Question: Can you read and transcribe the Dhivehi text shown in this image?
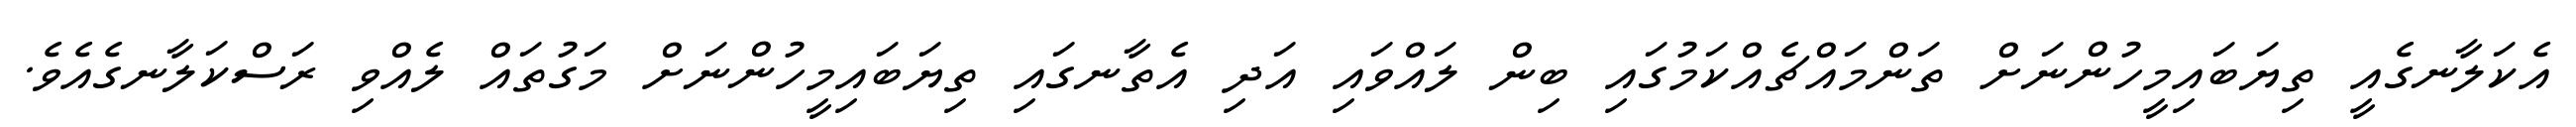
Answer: އެކަލާނގެއީ ތިޔަބައިމީހުންނަށް ތަންމައްޗެއްކަމުގައި ބިން ލައްވައި އަދި އެތާނގައި ތިޔަބައިމީހުންނަށް މަގުތައް ލެއްވި ރަސްކަލާނގެއެވެ.